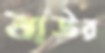
বাউর